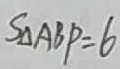
S _ { \Delta } A B P = 6